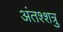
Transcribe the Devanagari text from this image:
अंतश्शत्रु